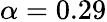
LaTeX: \alpha=0.29